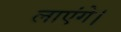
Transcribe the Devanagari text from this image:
लाएंगे।